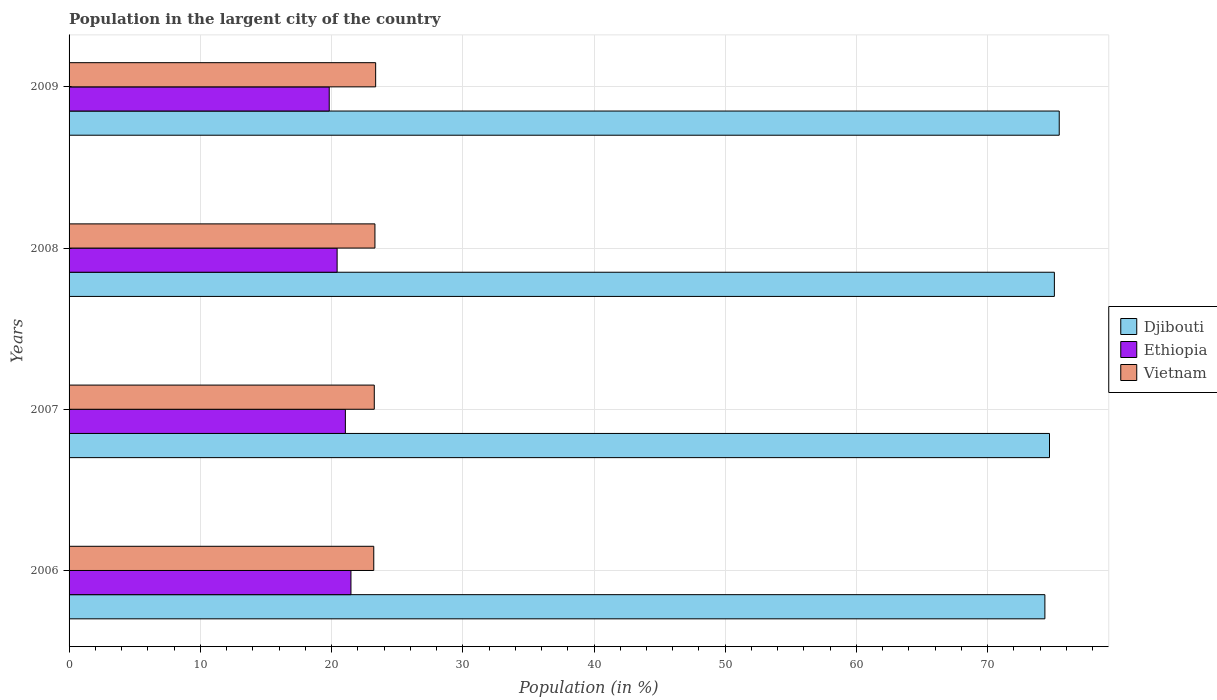
| Years | Djibouti | Ethiopia | Vietnam |
 | --- | --- | --- | --- |
 | 2006 | 74.4 | 21.5 | 23.2 |
 | 2007 | 74.7 | 21.1 | 23.3 |
 | 2008 | 75.1 | 20.4 | 23.3 |
 | 2009 | 75.5 | 19.8 | 23.4 |